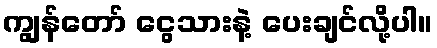
ကျွန်တော် ငွေသားနဲ့ ပေးချင်လို့ပါ။